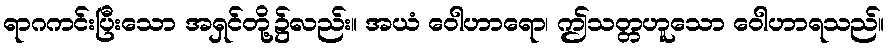
ရာဂကင်းပြီးသော အရှင်တို့၌လည်း။ အယံ ဝေါဟာရော၊ ဤသတ္တဟူသော ဝေါဟာရသည်။